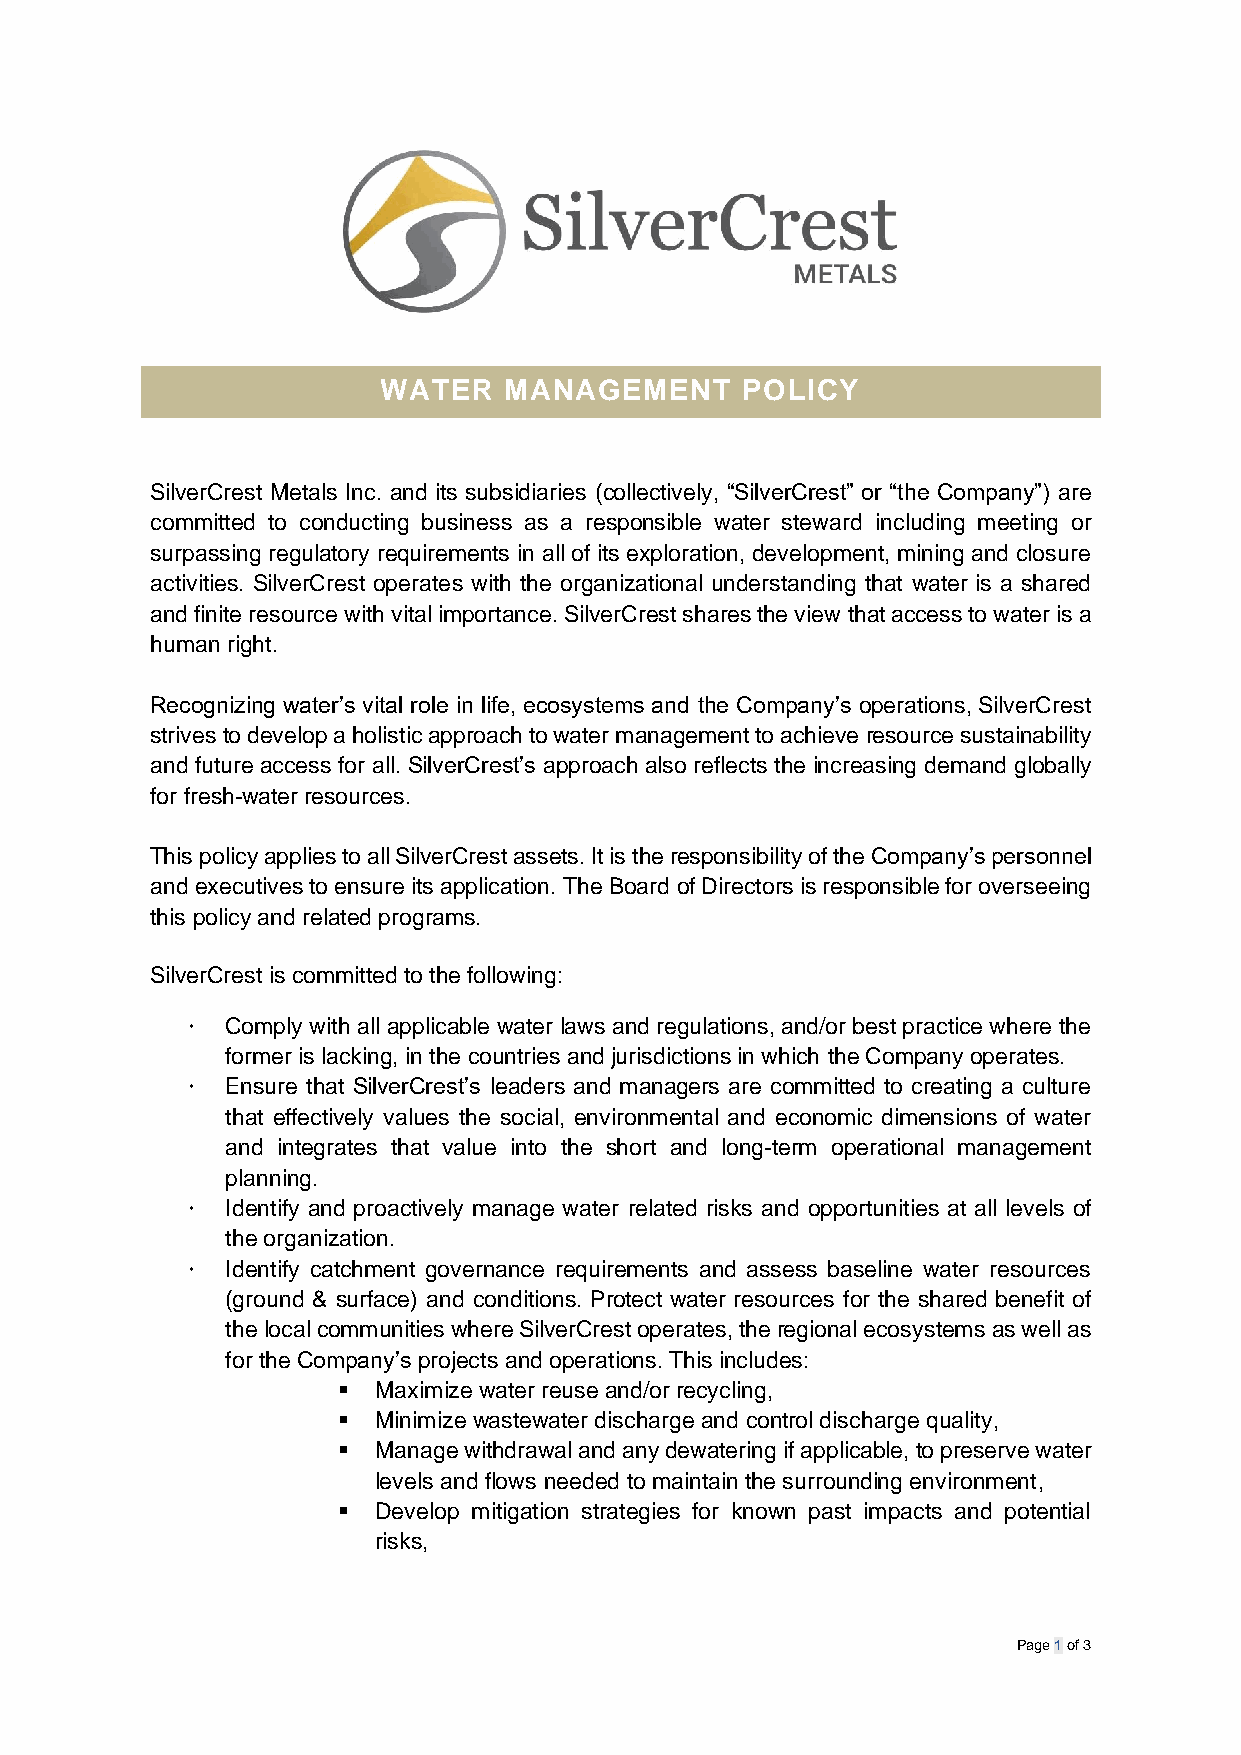
WATER   MANAGEMENT      POLICY
 SilverCrest Metals Inc. and its subsidiaries (collectively, “SilverCrest” or “the Company”) are
 committed to conducting business as a responsible water steward including meeting or
 surpassing regulatory requirements in all of its exploration, development, mining and closure
 activities. SilverCrest operates with the organizational understanding that water is a shared
 and finite resource with vital importance. SilverCrest shares the view that access to water is a
 human right.
 Recognizing water’s vital role in life, ecosystems and the Company’s operations, SilverCrest
 strives to develop a holistic approach to water management to achieve resource sustainability
 and future access for all. SilverCrest’s approach also reflects the increasing demand globally
 for fresh-water resources.
 This policy applies to all SilverCrest assets. It is the responsibility of the Company’s personnel
 and executives to ensure its application. The Board of Directors is responsible for overseeing
 this policy and related programs.
 SilverCrest is committed to the following:
   Comply with all applicable water laws and regulations, and/or best practice where the
 former is lacking, in the countries and jurisdictions in which the Company operates.
   Ensure that SilverCrest’s leaders and managers are committed to creating a culture
 that effectively values the social, environmental and economic dimensions of water
 and integrates that value into the short and long-term operational management
 planning.
   Identify and proactively manage water related risks and opportunities at all levels of
 the organization.
   Identify catchment governance requirements and assess baseline water resources
 (ground & surface) and conditions. Protect water resources for the shared benefit of
 the local communities where SilverCrest operates, the regional ecosystems as well as
 for the Company’s projects and operations. This includes:
 ▪  Maximize water reuse and/or recycling,
 ▪  Minimize wastewater discharge and control discharge quality,
 ▪  Manage withdrawal and any dewatering if applicable, to preserve water
 levels and flows needed to maintain the surrounding environment,
 ▪  Develop mitigation strategies for known past impacts and potential
 risks,
 Page 1 of 3